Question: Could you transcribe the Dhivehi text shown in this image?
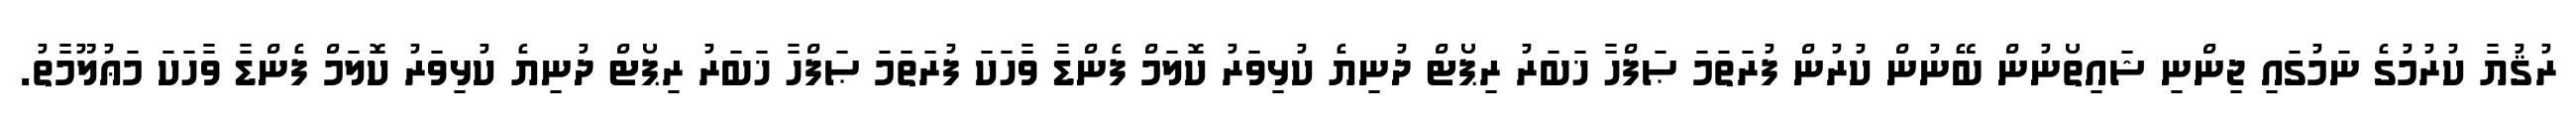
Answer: ރުޤުޔާ ކުރުމުގެ ނަމުގައި ޖިންނި ޝައިތޯނުން ބޭނުން ކުރުން ފުރަތަމަ ޞަފްހާ ޚަބަރު ރިޕޯޓް ދުނިޔެ ކުޅިވަރު ކޮލަމް ފެންޑާ ވާހަކަ ފުރަތަމަ ޞަފްހާ ޚަބަރު ރިޕޯޓް ދުނިޔެ ކުޅިވަރު ކޮލަމް ފެންޑާ ވާހަކަ މަޢުލޫމާތު.